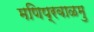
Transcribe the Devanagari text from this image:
मणिप्रवाळमु